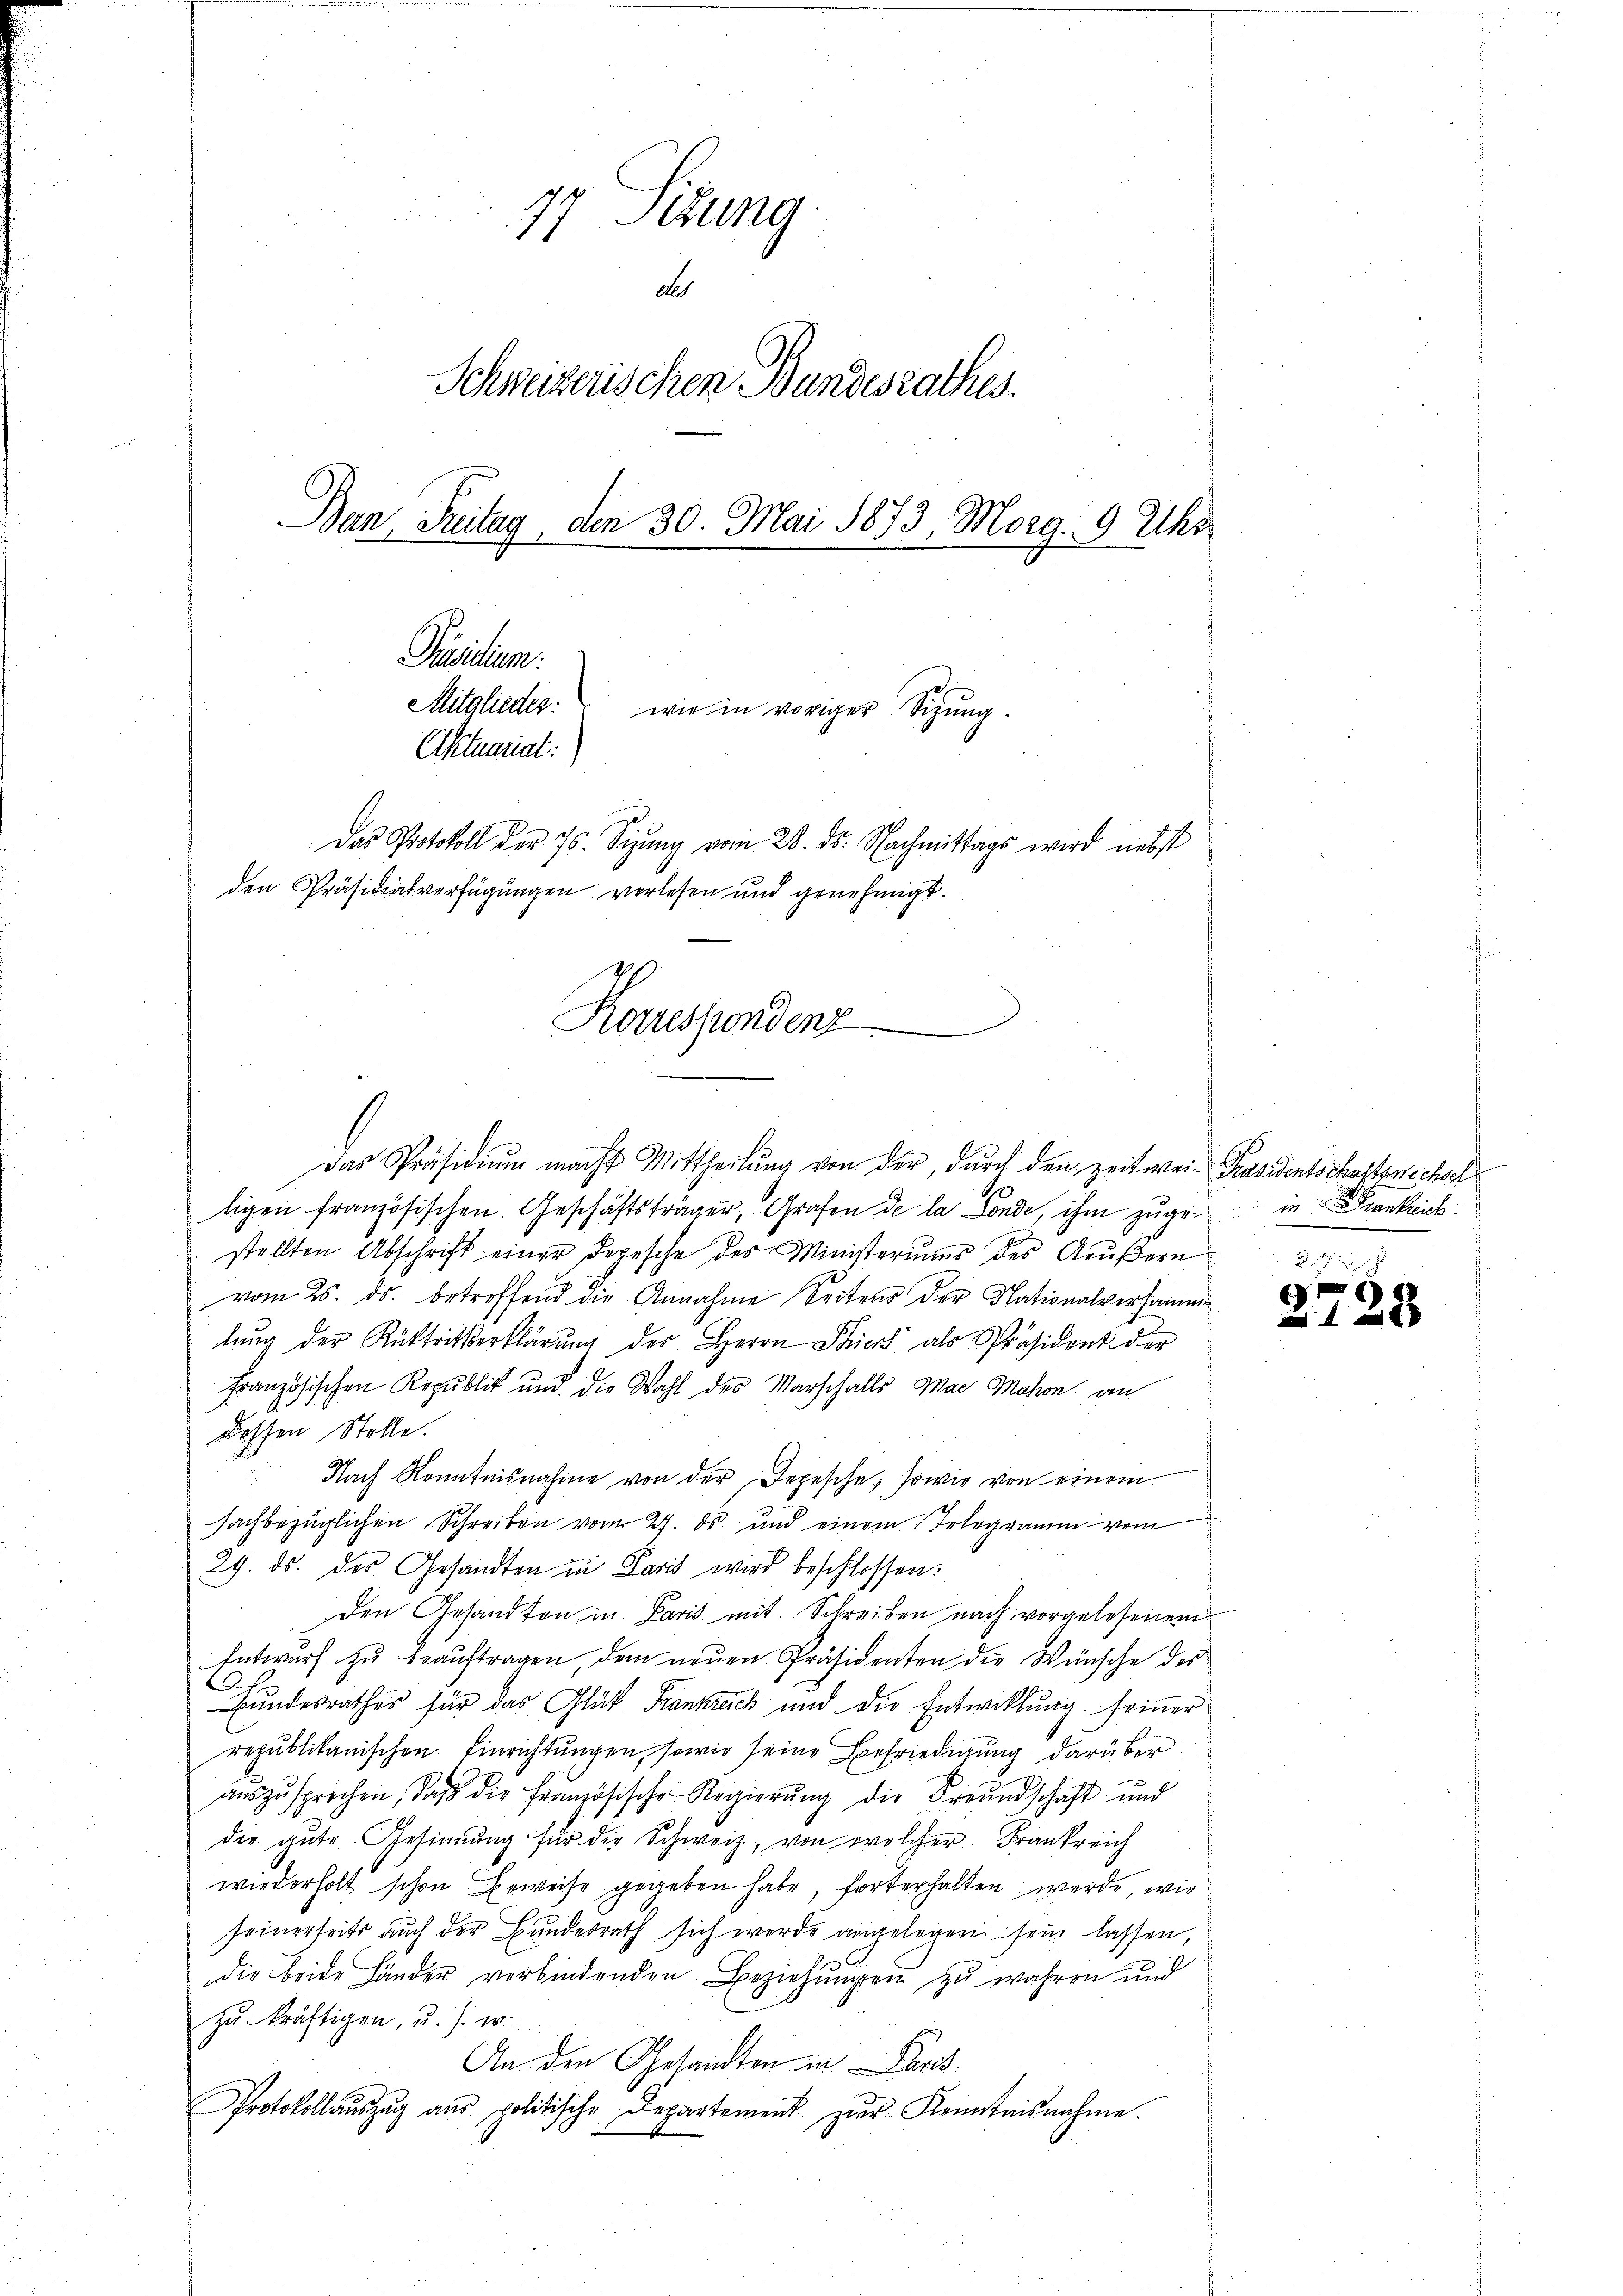
77 Sizung
de
Schweizerischen Bundesrathes.
Ban Freitag, den 30. Mai 1873, Morg. 9 Uhr
Präsidium.
Mitglieder:
wie in voriger Sizung
Aktuariat:
Das Protokoll der 76. Sizŭng vom 28. ds. Nachmittags wird nebst
den Präsidialverfügungen verlesen und genehmigt.

Korrespondenz

Das Präsidiŭm macht Mittheilŭng von der, dŭrch den zeitwei- Präsidentschaftswechsel
ligen französischen Geschäftsträger, Grafen de la Conde, ihm zŭge in Krankreich
stellten Abschrift einer depische des Ministerium des Aeußern
vom 25. ds. betreffend die Annahme Seitens der Nationalversammenlŭng der Rücktrittserklärŭng des Herrn Stiers als Präsident der
Französischen Republik und die Wahl des Marschalls Mag Mohren an
dessen Stolle.
Nach Kenntnisnahme von der Depesche, sowie von einem
sachbezüglichen Schreiben vom 27. ds und einem Telegramm vom
29. ds. des Gesandten in Paris wird beschlossen:
den Gesandten in Paris mit Schreiben nach vorgelesenem
Entwurf zu beaŭftragen, dem neuen Präsidenten die Wünsche des
Hundesrathes für das Glück Frankreich und die Entwicklung seiner
republikanischen Einrichtungen, sowie seine Befriedigung darüber
aŭszŭsprochen, daβ die Französische Regierŭng die Freundschaft und
dir gute Gesinnung für die Schweiz, von welcher Frankreich
wiederholt schon Beweise gegeben habe, forterhalten werde, wie
seinerseits auch der Bundesrath sich werde angelegen sein lassen,
die beide Länder verbindenden Beziehungen zu wahren und
zu kräftigen, u. s. w.
An den Gesandten in Paris.
Protokoll aŭszŭg aŭs politische Departement zŭr Kenntnisnahme.

)
128